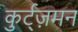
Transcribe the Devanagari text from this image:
कुर्ट्ज़मन